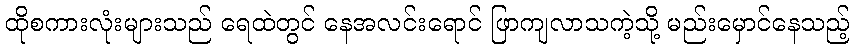
ထိုစကားလုံးများသည် ရေထဲတွင် နေအလင်းရောင် ဖြာကျလာသကဲ့သို့ မည်းမှောင်နေသည့်